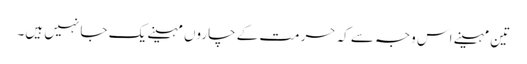
تین مہینے اس وجہ سے کہ حرمت کے چاروں مہینے یک جا نہیں ہیں۔